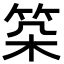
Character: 𥬲